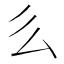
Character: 𠂓